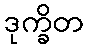
ဒုက္ခိတ